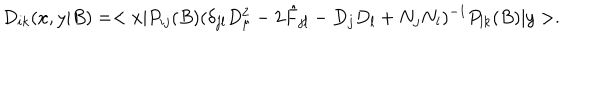
D _ { i k } ( x , y | B ) = < x | P _ { i j } ( B ) ( \delta _ { j l } D _ { \mu } ^ { 2 } - 2 \hat { F } _ { j l } - D _ { j } D _ { l } + N _ { j } N _ { l } ) ^ { - 1 } P _ { l k } ( B ) | y > .